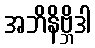
အဘိနိဗ္ဘိဒါ